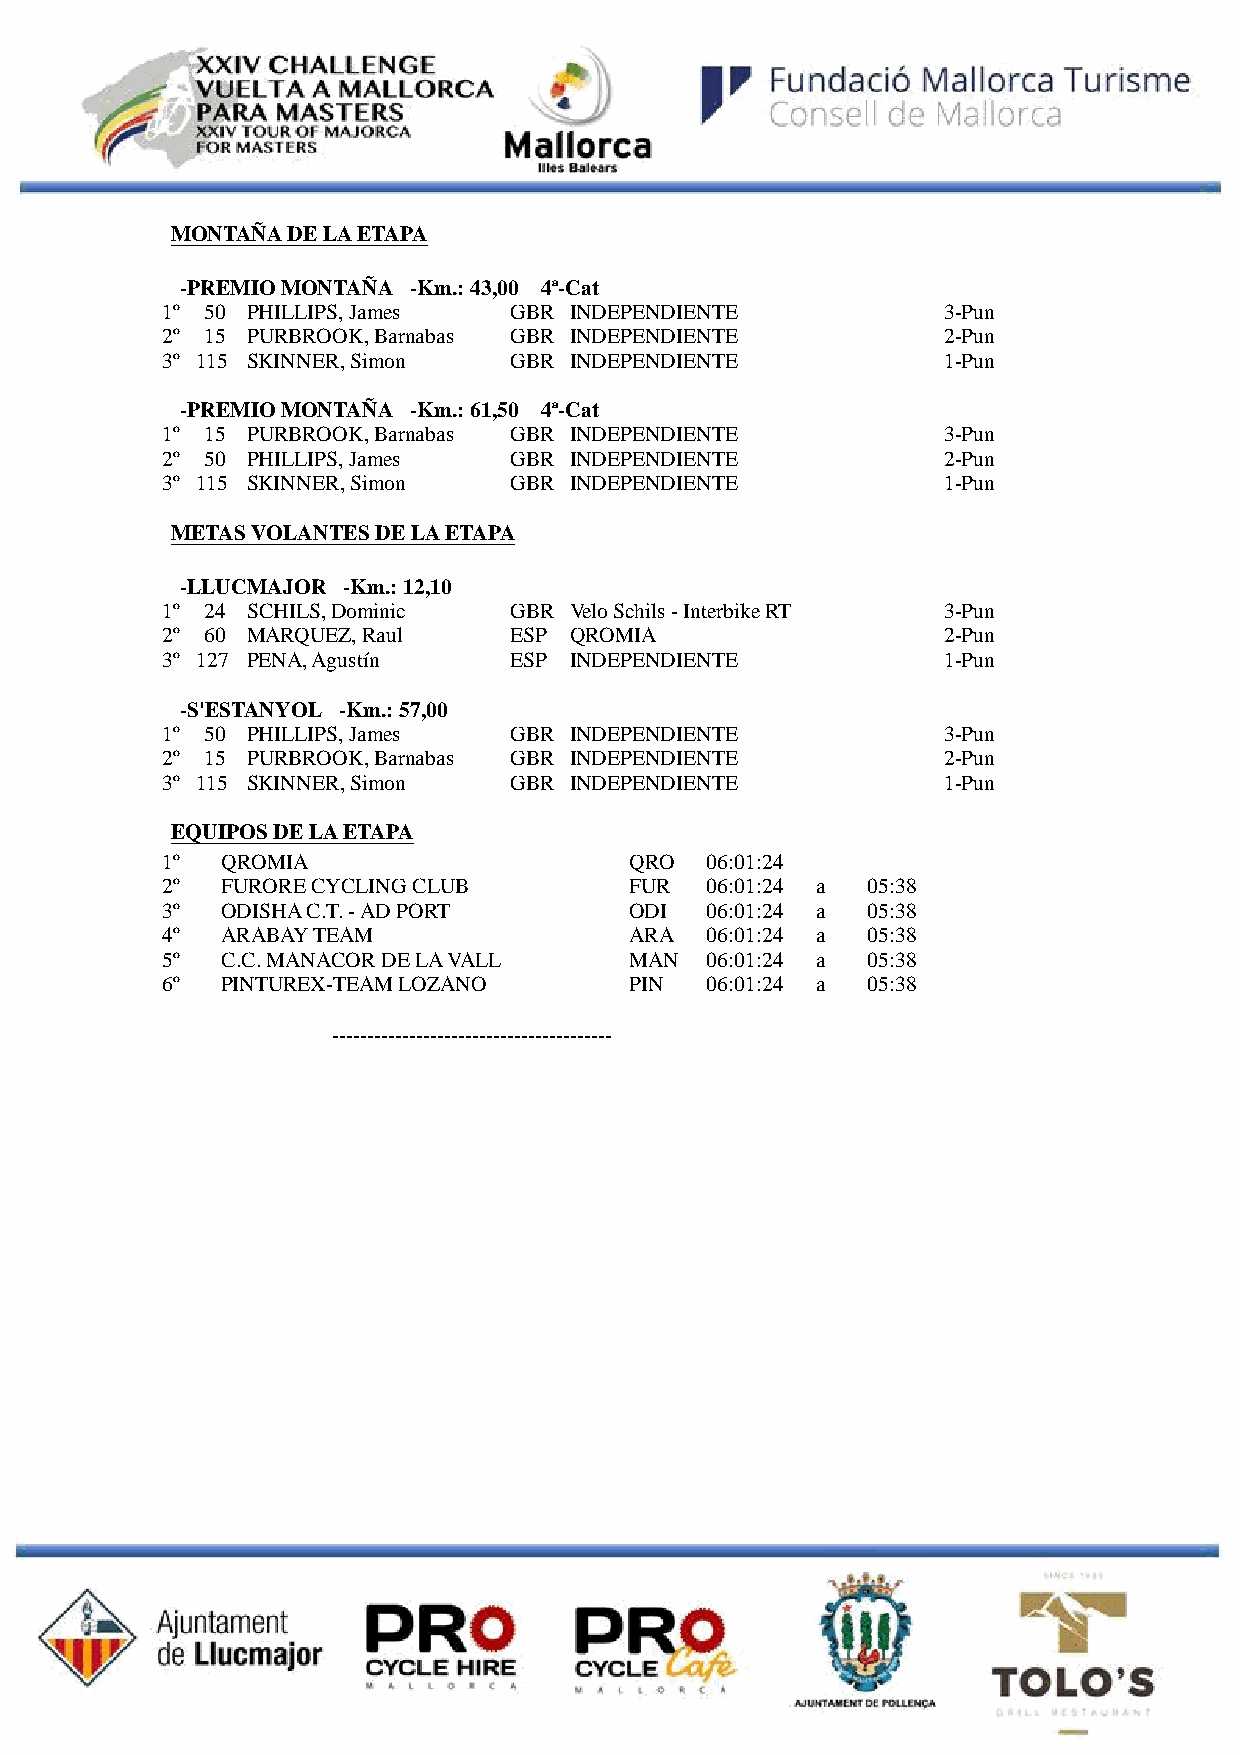
MONTAÑA DE LA ETAPA
 -PREMIO MONTAÑA -Km.: 43,00 4ª-Cat
 1º 50 PHILLIPS, James  GBR INDEPENDIENTE           3-Pun
 2º 15 PURBROOK, Barnabas GBR INDEPENDIENTE         2-Pun
 3º 115 SKINNER, Simon  GBR INDEPENDIENTE           1-Pun
 -PREMIO MONTAÑA -Km.: 61,50 4ª-Cat
 1º 15 PURBROOK, Barnabas GBR INDEPENDIENTE         3-Pun
 2º 50 PHILLIPS, James  GBR INDEPENDIENTE           2-Pun
 3º 115 SKINNER, Simon  GBR INDEPENDIENTE           1-Pun
 METAS VOLANTES DE LA ETAPA
 -LLUCMAJOR -Km.: 12,10
 1º 24 SCHILS, Dominic  GBR Velo Schils - Interbike RT 3-Pun
 2º 60 MARQUEZ, Raul    ESP QROMIA                  2-Pun
 3º 127 PENA, Agustín   ESP INDEPENDIENTE           1-Pun
 -S'ESTANYOL -Km.: 57,00
 1º 50 PHILLIPS, James  GBR INDEPENDIENTE           3-Pun
 2º 15 PURBROOK, Barnabas GBR INDEPENDIENTE         2-Pun
 3º 115 SKINNER, Simon  GBR INDEPENDIENTE           1-Pun
 EQUIPOS DE LA ETAPA
 1º  QROMIA                     QRO  06:01:24
 2º  FURORE CYCLING CLUB        FUR  06:01:24 a 05:38
 3º  ODISHA C.T. - AD PORT      ODI  06:01:24 a 05:38
 4º  ARABAY TEAM                ARA  06:01:24 a 05:38
 5º  C.C. MANACOR DE LA VALL    MAN  06:01:24 a 05:38
 6º  PINTUREX-TEAM LOZANO       PIN  06:01:24 a 05:38
 ----------------------------------------